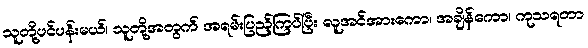
သူတို့ပင်ပန်းမယ်၊ သူတို့အတွက် အရမ်းပြည့်ကြပ်ပြီး လူအင်အားကော၊ အချိန်ကော၊ ကုသရတာ